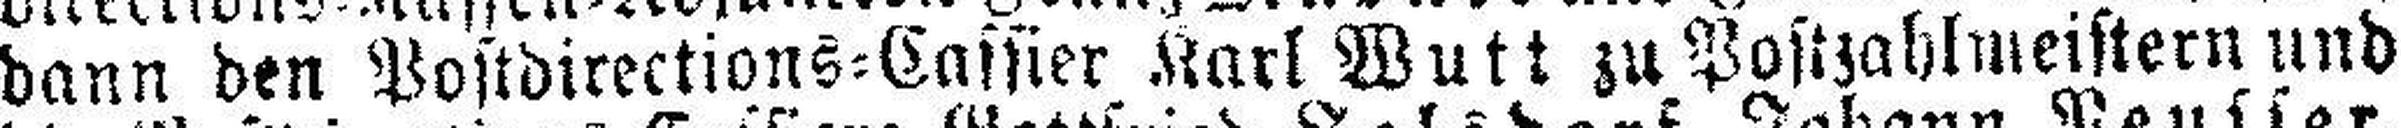
dann den Postdirections=Cassier Karl Wutt zu Postzahlmeistern und